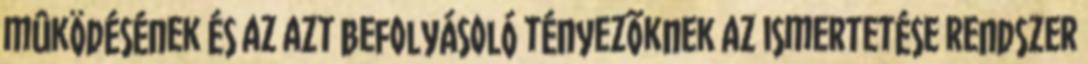
mûködésének és az azt befolyásoló tényezõknek az ismertetése rendszer